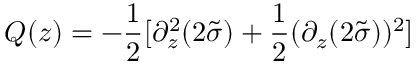
Q ( z ) = - \frac { 1 } { 2 } [ \partial _ { z } ^ { 2 } ( 2 \tilde { \sigma } ) + \frac { 1 } { 2 } ( \partial _ { z } ( 2 \tilde { \sigma } ) ) ^ { 2 } ]